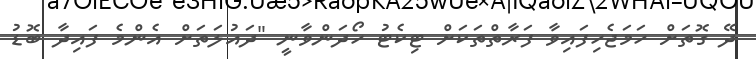
ދޭ ގޮތަށް ހަމަޖެހިފައިވާ ފަރާތްތަކަށް ޓިކެޓު ހޯދަންވާނީ "ދައުލަތަށް އެންމެ ފައިދާ ބޮޑު